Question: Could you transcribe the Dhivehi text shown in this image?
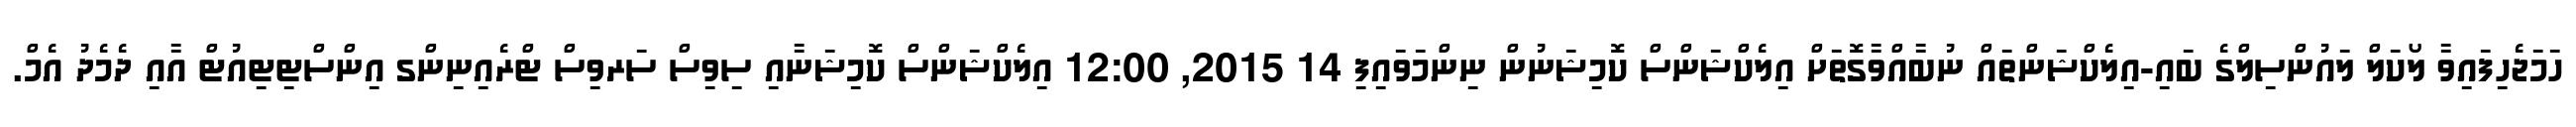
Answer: ހަމަޖެހިފައިވާ ލޯކަލް ލައުންސިލްގެ ބައި-އިލެކްޝަންތައް ނުބާއްވާގޮތަށް އިލެކްޝަންސް ކޮމިޝަނުން ނިންމަވައިފި 14 2015, 12:00 އިލެކްޝަންސް ކޮމިޝަނާއި ސިވިސް ސަރވިސް ޓްރެއިނިންގ އިންސްޓިޓިއުޓް އާއި ދެމެދު އެމް.